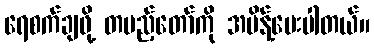
ရေစက်ချဖို့ တပည့်တော်ကို အမိန့်ပေးပါတယ်။